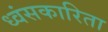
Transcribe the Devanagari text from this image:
ध्वंसकारिता